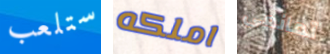
ستلعب املكه تمانعى